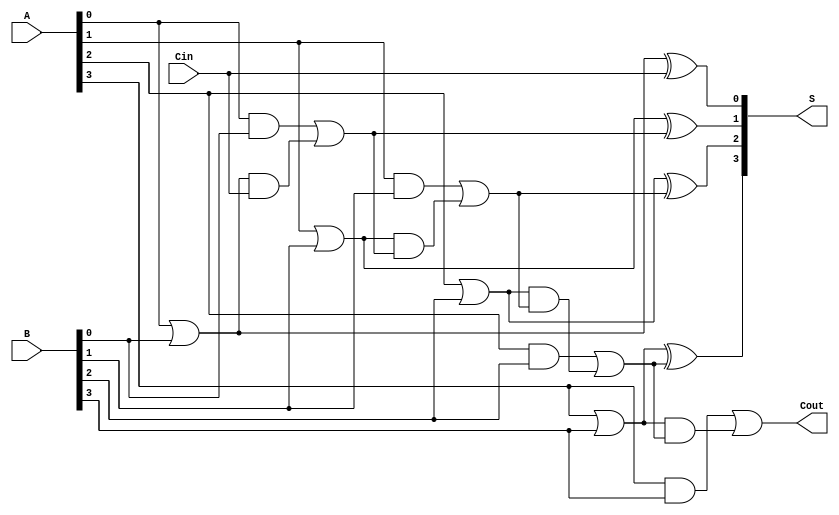
module CarryLookaheadAdder #(parameter N = 4) (
    input [N-1:0] A,      // First n-bit input
    input [N-1:0] B,      // Second n-bit input
    input Cin,            // Carry-in
    output [N-1:0] S,     // n-bit sum output
    output Cout           // Carry-out
);

    // Generate and Propagate signals
    wire [N-1:0] G; // Generate
    wire [N-1:0] P; // Propagate
    wire [N:0] C;   // Carry signals

    // Generate and Propagate logic
    genvar i;
    generate
        for (i = 0; i < N; i = i + 1) begin : gen_prop
            assign G[i] = A[i] & B[i]; // G_i = A_i * B_i
            assign P[i] = A[i] | B[i]; // P_i = A_i + B_i
        end
    endgenerate

    // Carry logic
    assign C[0] = Cin; // C_0 = Cin
    generate
        for (i = 0; i < N; i = i + 1) begin : carry_logic
            assign C[i + 1] = G[i] | (P[i] & C[i]); // C_{i+1} = G_i + P_i * C_i
        end
    endgenerate

    // Sum calculation
    generate
        for (i = 0; i < N; i = i + 1) begin : sum_logic
            assign S[i] = P[i] ^ C[i]; // S_i = P_i ^ C_i
        end
    endgenerate

    // Carry-out
    assign Cout = C[N]; // Cout = C_n

endmodule